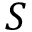
S